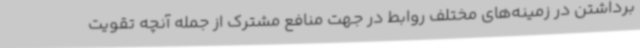
برداشتن در زمینه‌های مختلف روابط در جهت منافع مشترک از جمله آنچه تقویت